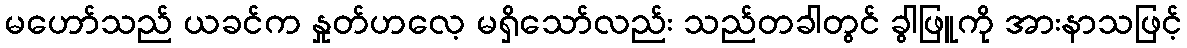
မဟော်သည် ယခင်က နှုတ်ဟလေ့ မရှိသော်လည်း သည်တခါတွင် ခွါဖြူကို အားနာသဖြင့်